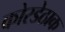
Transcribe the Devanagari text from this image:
कोरडेठाक